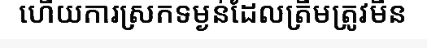
ហើយការស្រកទម្ងន់ដែលត្រឹមត្រូវមិន